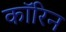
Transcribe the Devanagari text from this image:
कॉरिन